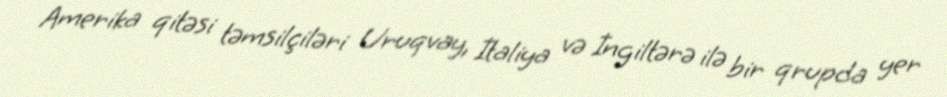
Amerika qitəsi təmsilçiləri Uruqvay, İtaliya və İngiltərə ilə bir qrupda yer